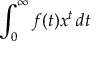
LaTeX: \int _ { 0 } ^ { \infty } f ( t ) x ^ { t } \, d t